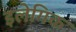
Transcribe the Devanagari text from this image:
इलेगिक